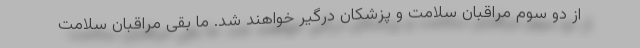
از دو سوم مراقبان سلامت و پزشکان درگیر خواهند شد. ما بقی مراقبان سلامت